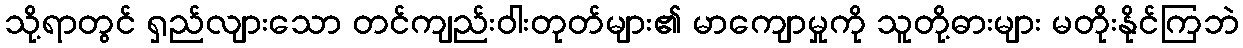
သို့ရာတွင် ရှည်လျားသော တင်ကျည်းဝါးတုတ်များ၏ မာကျောမှုကို သူတို့ဓားများ မတိုးနိုင်ကြဘဲ